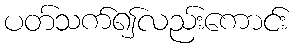
ပတ်သက်၍လည်းကောင်း